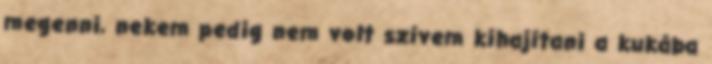
megenni, nekem pedig nem volt szívem kihajítani a kukába